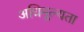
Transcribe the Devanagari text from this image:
अधिमूल्यता